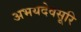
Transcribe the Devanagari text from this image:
अभयदेवसूरि